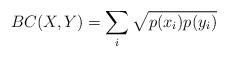
LaTeX: \begin{align*}BC(X, Y) = \sum_{i} \sqrt{p(x_i) p(y_i)}\end{align*}